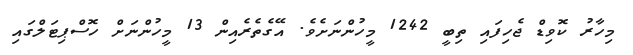
މިހާރު ކޮވިޑް ޖެހިފައި ތިބީ 1242 މީހުންނަށެވެ. އޭގެތެރެއިން 13 މީހުންނަށް ހޮސްޕިޓަލްގައި